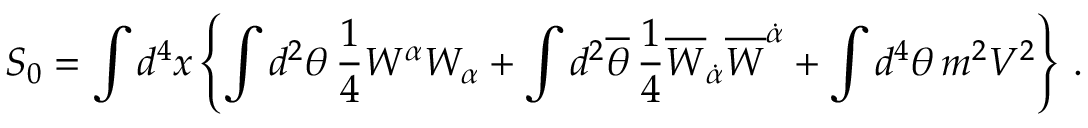
S _ { 0 } = \int d ^ { 4 } x \left\{ \int d ^ { 2 } \theta \, \frac { 1 } { 4 } W ^ { \alpha } W _ { \alpha } + \int d ^ { 2 } { \overline { { \theta } } } \, \frac { 1 } { 4 } { \overline { { W } } } _ { \dot { \alpha } } { \overline { { W } } } ^ { \dot { \alpha } } + \int d ^ { 4 } \theta \, m ^ { 2 } V ^ { 2 } \right\} \, .